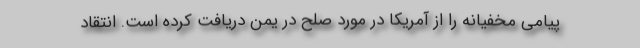
پیامی مخفیانه را از آمریکا در مورد صلح در یمن دریافت کرده است. انتقاد